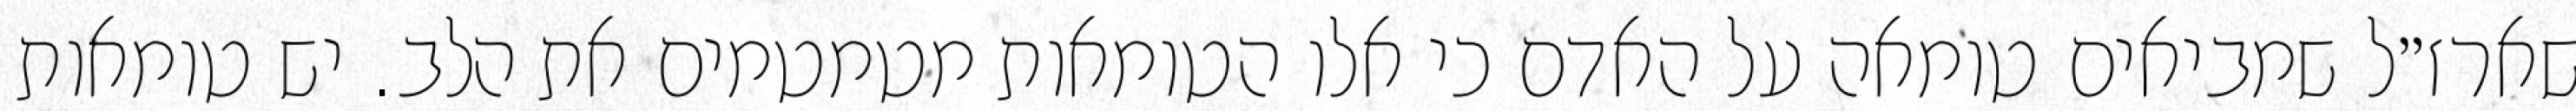
שארז״ל שמביאים טומאה על האדם כי אלו הטומאות מטמטמים את הלב. יש טומאות